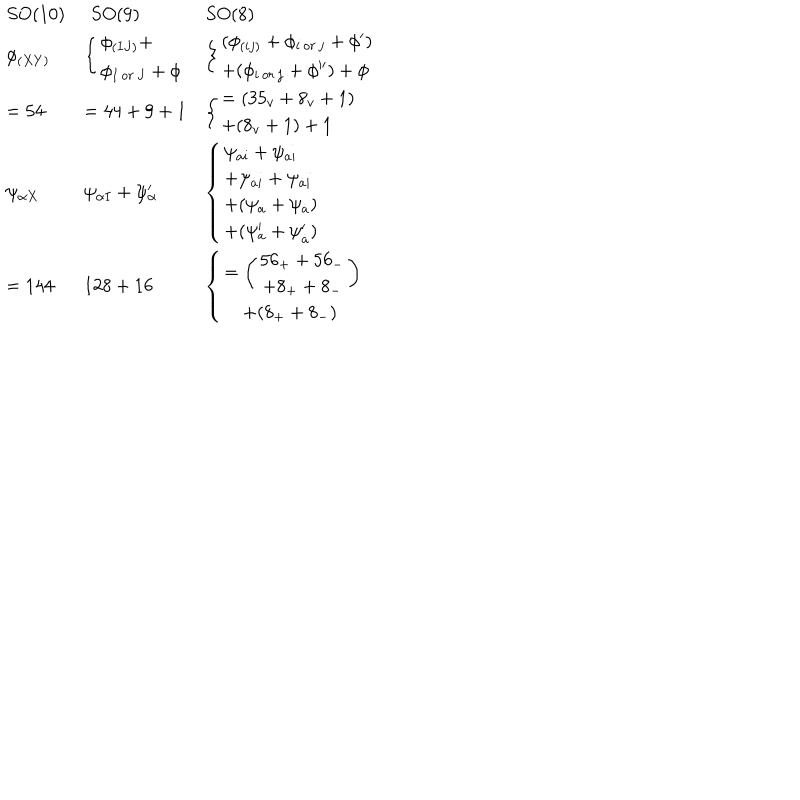
\begin{array} { l l l } { { S O ( 1 0 ) } } & { { \begin{array} { l } \end{array} S O ( 9 ) } } & { { S O ( 8 ) } } \\ { { \phi _ { ( X Y ) } } } & { { \left\{ \begin{array} { l } { { \phi _ { ( I J ) } + } } \\ { { \phi _ { I \, o r \, J } + \phi } } \\ \end{array} \right. } } & { { \left\{ \begin{array} { l } { { ( \phi _ { ( i j ) } + \phi _ { i \, o r \, j } + \phi ^ { \prime } ) } } \\ { { + ( \phi _ { i \, o r \, j } + \phi ^ { \prime \prime } ) + \phi } } \\ \end{array} \right. } } \\ { { = 5 4 } } & { { = 4 4 + 9 + 1 } } & { { \left\{ \begin{array} { l } { { = ( 3 5 _ { v } + 8 _ { v } + 1 ) } } \\ { { + ( 8 _ { v } + 1 ) + 1 } } \\ \end{array} \right. } } \\ { { \psi _ { \alpha X } } } & { { \psi _ { \alpha I } + \psi _ { \alpha } ^ { \prime } } } & { { \left\{ \begin{array} { l } { { \psi _ { a i } + \psi _ { a i } } } \\ { { + \psi _ { \dot { a } i } + \psi _ { \dot { a } i } } } \\ { { + ( \psi _ { a } + \psi _ { \dot { a } } ) } } \\ { { + ( \psi _ { a } ^ { \prime } + \psi _ { \dot { a } } ^ { \prime } ) } } \\ \end{array} \right. } } \\ { { = 1 4 4 } } & { { 1 2 8 + 1 6 } } & { { \left\{ \begin{array} { l } { { = \left( \begin{array} { c } { { 5 6 _ { + } + 5 6 _ { - } } } \\ { { + 8 _ { + } + 8 _ { - } } } \\ \end{array} \right) } } \\ { { \quad + ( 8 _ { + } + 8 _ { - } ) } } \\ \end{array} \right. } } \\ \end{array}